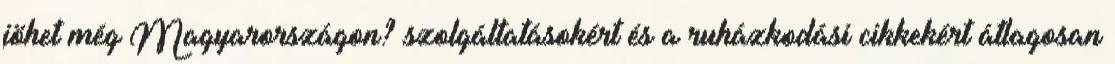
jöhet még Magyarországon? szolgáltatásokért és a ruházkodási cikkekért átlagosan